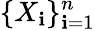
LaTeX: \{ X_{\mathbf{i}}\} _{\mathbf{i}=1}^{n}